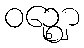
ဝဉ္ဈော